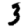
Digit: 3